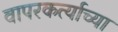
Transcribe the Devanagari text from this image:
वापरकर्त्याच्या